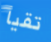
تقيأ